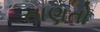
તાણતો